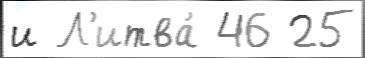
и Л'итва́ 46 25